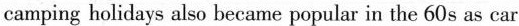
camping holidays also became popular in the 60s as car